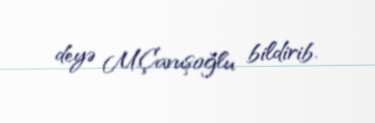
deyə M.Çavuşoğlu bildirib.